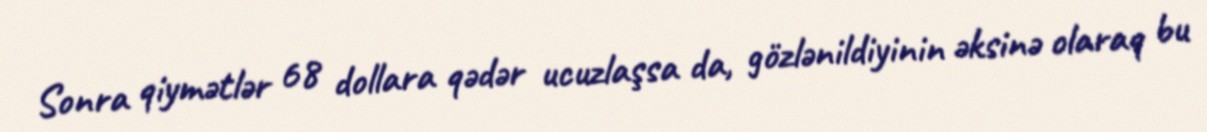
Sonra qiymətlər 68 dollara qədər ucuzlaşsa da, gözlənildiyinin əksinə olaraq bu